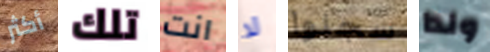
أكثر تلك انت لا سجلوا ولدا